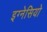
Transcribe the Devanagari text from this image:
इग्नेसियो